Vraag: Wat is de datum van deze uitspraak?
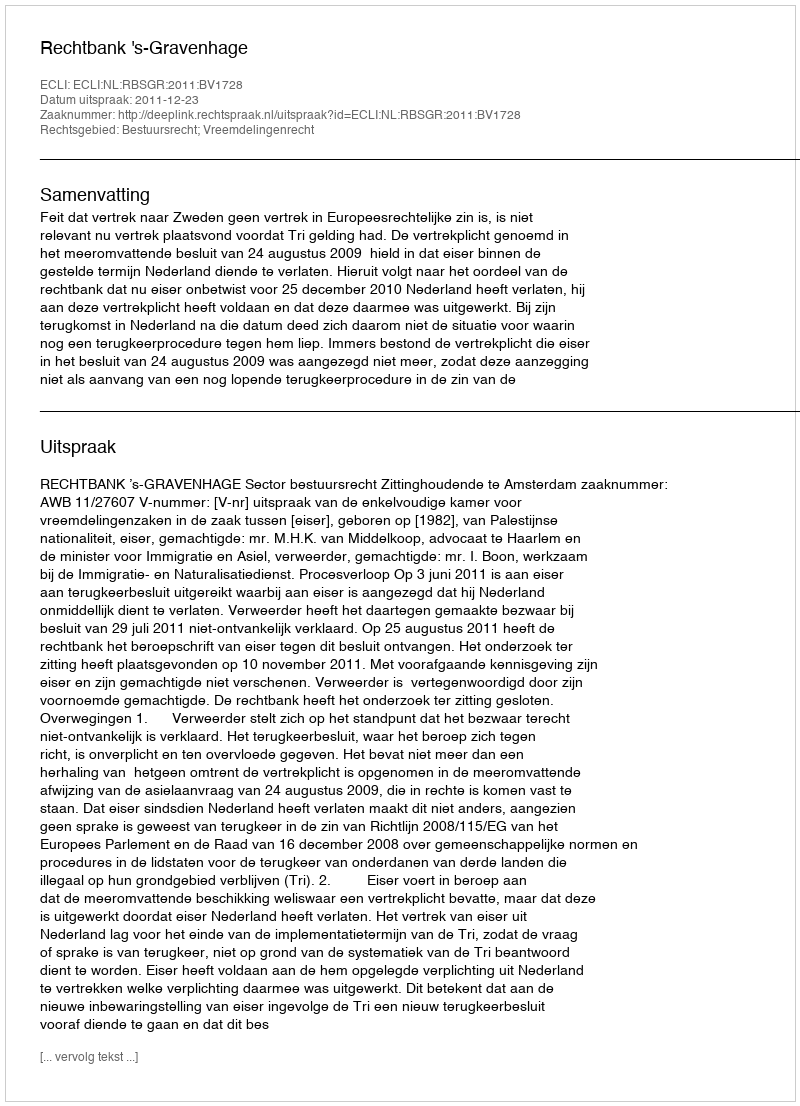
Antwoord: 2011-12-23